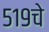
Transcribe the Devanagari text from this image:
५१९चे